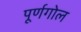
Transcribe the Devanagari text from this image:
पूर्णगोल